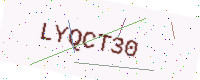
Text: LYQCT30